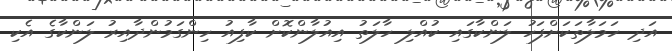
އަދި ހަމަލާތަކަށްފަހު ލަންކާގައި ކުއްލި ހާލަތު އިއުލާންކޮށް ކާފިއު ހިންގަމުންދާއިރު ލަންކާގެ އެކި